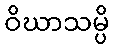
ဝိဃာသမ္ပိ